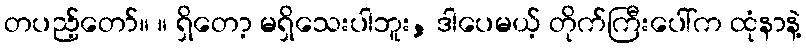
တပည့်တော်။ ။ ရှိတော့ မရှိသေးပါဘူး, ဒါပေမယ့် တိုက်ကြီးပေါ်က ထုံနာနဲ့